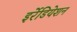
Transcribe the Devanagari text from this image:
इर्रेडियेशन